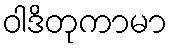
ဝါဒိတုကာမာ